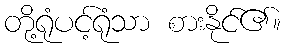
တို့ရုံပင့်ရုံသာ စားနိုင်၏။